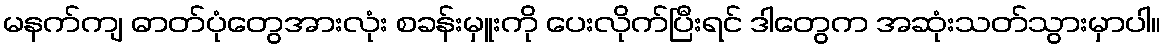
မနက်ကျ ဓာတ်ပုံတွေအားလုံး စခန်းမှူးကို ပေးလိုက်ပြီးရင် ဒါတွေက အဆုံးသတ်သွားမှာပါ။